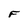
Character: F